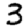
Digit: 3